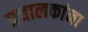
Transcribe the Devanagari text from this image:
प्रचालकांना